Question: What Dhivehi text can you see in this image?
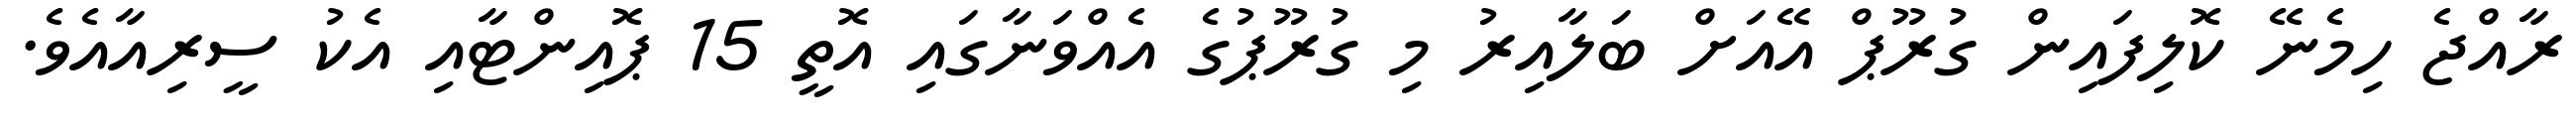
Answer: ރާއްޖެ ހިމެނޭ ކޮލިފައިން ގުރޫޕް އޭއަށް ބަލާއިރު މި ގުރޫޕުގެ އެއްވަނާގައި އޮތީ 15 ޕޮއިންޓާއި އެކު ސީރިއާއެވެ.